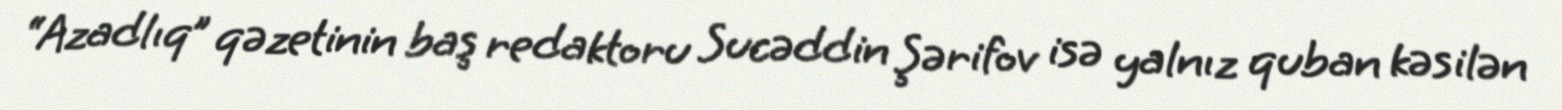
“Azadlıq” qəzetinin baş redaktoru Sucəddin Şərifov isə yalnız quban kəsilən